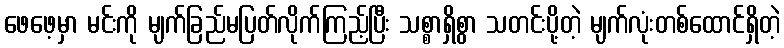
ဖေဖေ့မှာ မင်းကို မျက်ခြည်မပြတ်လိုက်ကြည့်ပြီး သစ္စာရှိစွာ သတင်းပို့တဲ့ မျက်လုံးတစ်ထောင်ရှိတဲ့